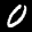
Label: 0